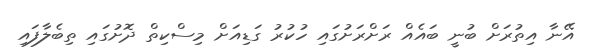
އޭނާ އިތުރަށް ބުނީ ބައެއް ރަށްރަށުގައި ހުކުރު ގަޑިއަށް މިސްކިތް ދޮށުގައި ތިބެލާފައި